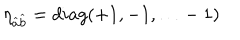
\eta _ { \widehat { a } \widehat { b } } = d i a g ( + 1 , - 1 , \ldots - 1 )